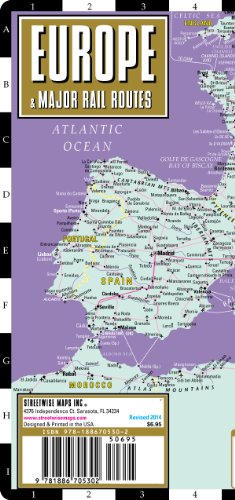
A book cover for Streetwise Europe Rail Map - Laminated Railroad Map of Europe; Streetwise Maps; Engineering & Transportation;